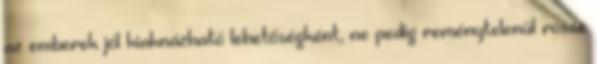
az emberek jól kiaknázható lehetőségként, ne pedig reménytelenül rossz